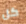
كل